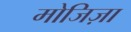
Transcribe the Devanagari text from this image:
मोजिज़ा